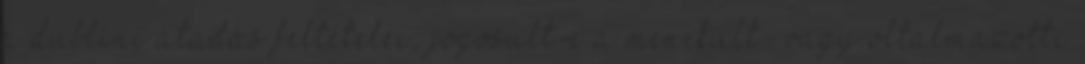
a dublini átadás feltételei, jogosult-e a menekült- vagy oltalmazotti